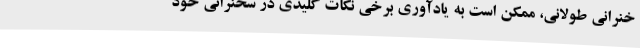
خنرانی طولانی، ممکن است به یادآوری برخی نکات کلیدی در سخنرانی خود